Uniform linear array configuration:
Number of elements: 12
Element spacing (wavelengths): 1
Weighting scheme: hamming
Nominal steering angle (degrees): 45
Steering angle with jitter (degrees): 46.825
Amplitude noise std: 0.05
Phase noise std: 0.05

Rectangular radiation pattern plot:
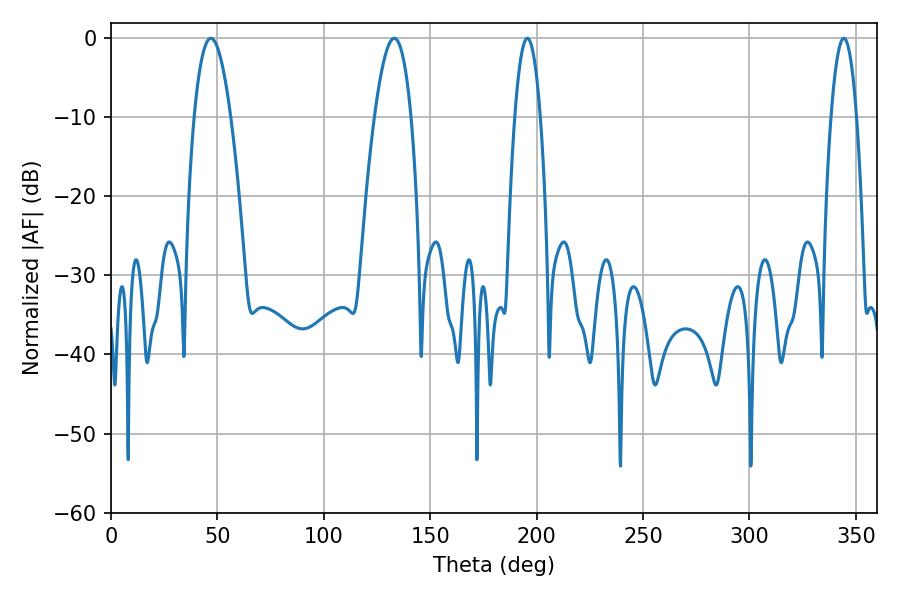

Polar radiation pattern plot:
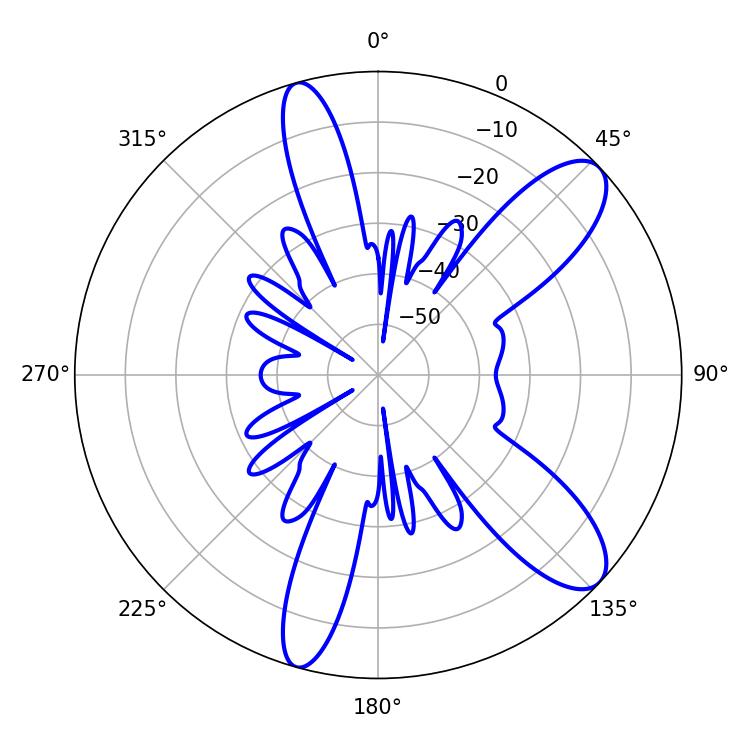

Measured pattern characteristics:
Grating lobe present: TRUE
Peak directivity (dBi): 10.163
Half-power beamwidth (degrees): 6.48
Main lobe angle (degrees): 344.34